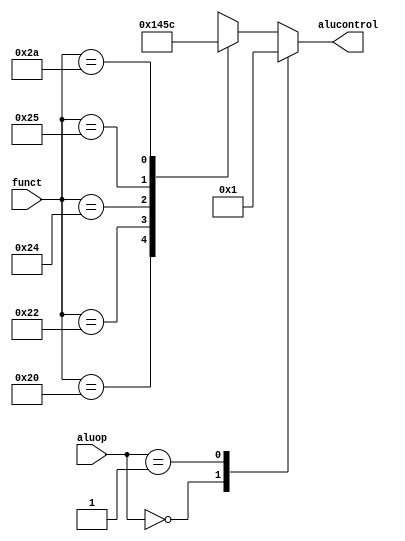
module aludec (input [5:0] funct,
input [1:0] aluop,
output reg [3:0] alucontrol
);
always @ (*)
case (aluop)
    2'b00: alucontrol <= 4'b0000; // add
    2'b01: alucontrol <= 4'b0001; // sub
    default: case(funct) // RTYPE
        6'b100000: alucontrol <= 4'b0000; // ADD
        6'b100010: alucontrol <= 4'b0001; // SUB
        6'b100100: alucontrol <= 4'b0100; // AND
        6'b100101: alucontrol <= 4'b0101; // OR
        6'b101010: alucontrol <= 4'b1100; // SLT
        default: alucontrol <= 4'bxxxx; // ???
    endcase
endcase
endmodule